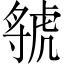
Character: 虢